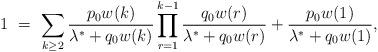
LaTeX: \begin{align*}1 \ = \ \sum_{k\geq 2} \frac{p_0w(k)}{\lambda^* + q_0w(k)}\prod_{r=1}^{k-1} \frac{q_0w(r)}{\lambda^* + q_0w(r)} + \frac{p_0w(1)}{\lambda^* + q_0w(1)},\end{align*}